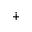
\dotplus